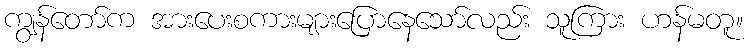
ကျွန်တော်က အားပေးစကားများပြောနေသော်လည်း သူကြား ဟန်မတူ။